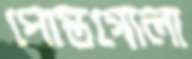
পোস্তগোলা